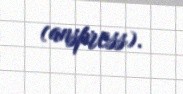
(anspress).